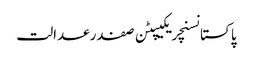
پاکستانسنچریکیپٹن صفدرعدالت